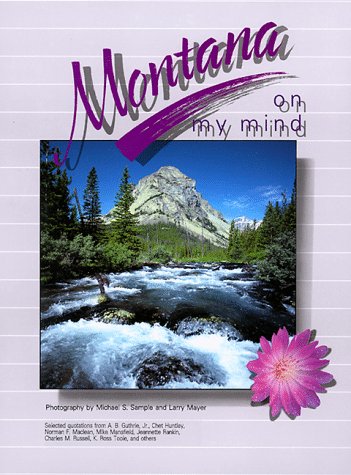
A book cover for Montana on My Mind (On My Mind Series); Travel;